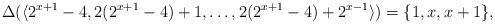
LaTeX: \begin{align*}\Delta(\langle 2^{x+1}-4,2(2^{x+1}-4)+1,\ldots,2(2^{x+1}-4)+2^{x-1} \rangle)=\{1,x,x+1\},\end{align*}